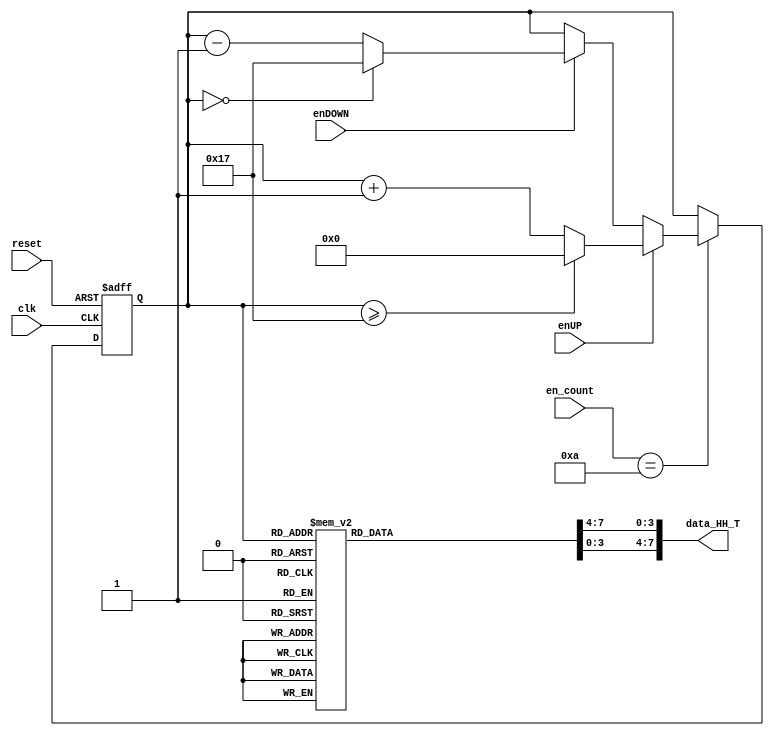
`timescale 1ns / 1ps
//////////////////////////////////////////////////////////////////////////////////
// Company: 
// 
// Design Name: 
// Module Name:    contador_AD_HH_T_2dig
// Project Name: 
// Target Devices: 
// Tool versions: 
// Description: 
//
// Dependencies: 
//
// Revision: 
// Revision 0.01 - File Created
// Additional Comments: 
//
//////////////////////////////////////////////////////////////////////////////////
module contador_AD_HH_T_2dig
(
input wire clk,
input wire reset,
input wire [3:0] en_count,
input wire enUP,
input wire enDOWN,
output wire [7:0] data_HH_T
);

localparam N = 5; // Para definir el nmero de bits del contador (hasta 23->5 bits)
//Declaracin de seales
reg [N-1:0] q_act, q_next;
wire [N-1:0] count_data;
reg [3:0] digit1, digit0;

//Descripcin del comportamiento
always@(posedge clk, posedge reset)
begin	
	
	if(reset)
	begin
		q_act <= 5'b0;
	end
	
	else
	begin
		q_act <= q_next;
	end
end


//Lgica de salida

always@*
begin

	if (en_count == 10)
	begin
		if (enUP)
		begin
			if (q_act >= 5'd23) q_next = 5'd0;
			else q_next = q_act + 5'd1;
		end
		
		else if (enDOWN)
		begin
			if (q_act == 5'd0) q_next = 5'd23;
			else q_next = q_act - 5'd1;
		end
		else q_next = q_act;
	end
	else q_next = q_act;
	
end

assign count_data = q_act;

//Decodificacin BCD (2 dgitos)

always@*
begin
case(count_data)
5'd0: begin digit1 = 4'b0000; digit0 = 4'b0000; end
5'd1: begin digit1 = 4'b0000; digit0 = 4'b0001; end
5'd2: begin digit1 = 4'b0000; digit0 = 4'b0010; end
5'd3: begin digit1 = 4'b0000; digit0 = 4'b0011; end
5'd4: begin digit1 = 4'b0000; digit0 = 4'b0100; end
5'd5: begin digit1 = 4'b0000; digit0 = 4'b0101; end
5'd6: begin digit1 = 4'b0000; digit0 = 4'b0110; end
5'd7: begin digit1 = 4'b0000; digit0 = 4'b0111; end
5'd8: begin digit1 = 4'b0000; digit0 = 4'b1000; end
5'd9: begin digit1 = 4'b0000; digit0 = 4'b1001; end

5'd10: begin digit1 = 4'b0001; digit0 = 4'b0000; end
5'd11: begin digit1 = 4'b0001; digit0 = 4'b0001; end
5'd12: begin digit1 = 4'b0001; digit0 = 4'b0010; end
5'd13: begin digit1 = 4'b0001; digit0 = 4'b0011; end
5'd14: begin digit1 = 4'b0001; digit0 = 4'b0100; end
5'd15: begin digit1 = 4'b0001; digit0 = 4'b0101; end
5'd16: begin digit1 = 4'b0001; digit0 = 4'b0110; end
5'd17: begin digit1 = 4'b0001; digit0 = 4'b0111; end
5'd18: begin digit1 = 4'b0001; digit0 = 4'b1000; end
5'd19: begin digit1 = 4'b0001; digit0 = 4'b1001; end

5'd20: begin digit1 = 4'b0010; digit0 = 4'b0000; end
5'd21: begin digit1 = 4'b0010; digit0 = 4'b0001; end
5'd22: begin digit1 = 4'b0010; digit0 = 4'b0010; end
5'd23: begin digit1 = 4'b0010; digit0 = 4'b0011; end

default:  begin digit1 = 0; digit0 = 0; end
endcase
end

assign data_HH_T = {digit1,digit0};

endmodule